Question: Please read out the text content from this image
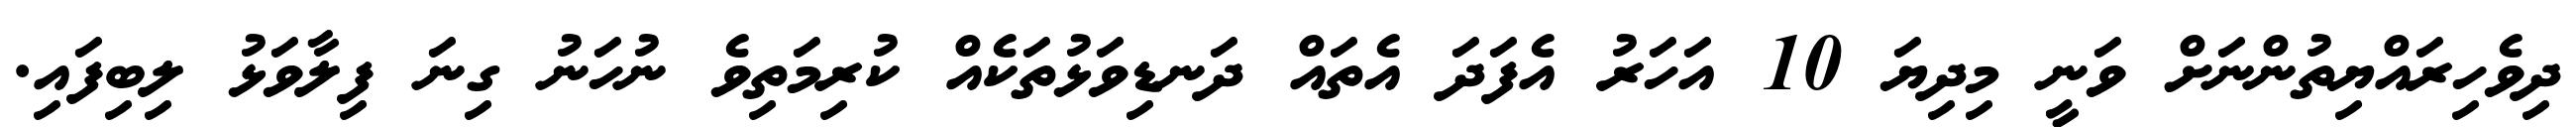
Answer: ދިވެހިރައްޔިތުންނަށް ވަނީ މިދިޔަ 10 އަހަރު އެފަދަ އެތައް ދަނޑިވަޅުތަކެއް ކުރިމަތިވެ ނުހަނު ގިނަ ފިލާވަޅު ލިބިފައި.